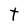
Character: t